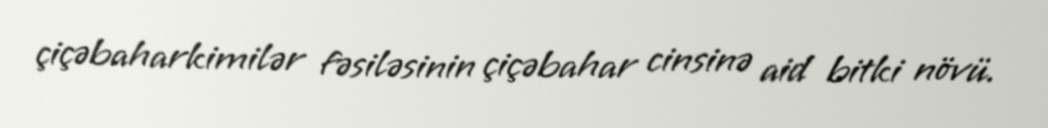
çiçəbaharkimilər fəsiləsinin çiçəbahar cinsinə aid bitki növü.